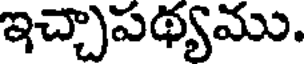
ఇచ్చాపథ్యము.